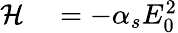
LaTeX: \begin{array}{rl}{\mathcal{H}}&{{}=-\alpha_{s}E_{0}^{2}}\end{array}